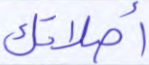
أصلاتك